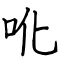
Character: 吪